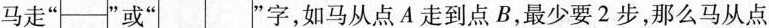
马走""或””字，如马从点A走到点B，最少要2步，那么马从点